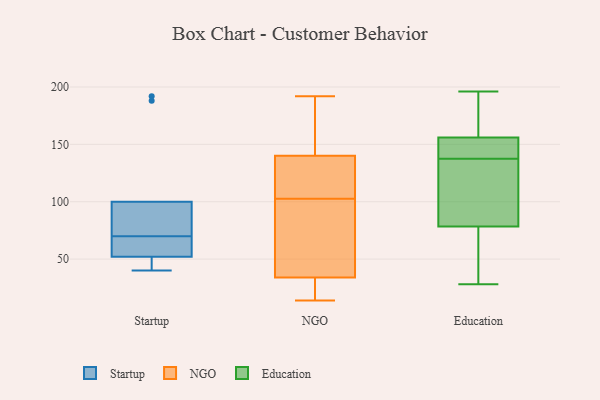
{"axis": {"x": "Backlog", "y": "Value"}, "legend": ["Education", "NGO", "Startup"], "data": [{"x": "", "y": 96, "type": "Startup"}, {"x": "", "y": 188, "type": "Startup"}, {"x": "", "y": 52, "type": "Startup"}, {"x": "", "y": 46, "type": "Startup"}, {"x": "", "y": 192, "type": "Startup"}, {"x": "", "y": 40, "type": "Startup"}, {"x": "", "y": 100, "type": "Startup"}, {"x": "", "y": 77, "type": "Startup"}, {"x": "", "y": 63, "type": "Startup"}, {"x": "", "y": 56, "type": "Startup"}, {"x": "", "y": 14, "type": "NGO"}, {"x": "", "y": 35, "type": "NGO"}, {"x": "", "y": 132, "type": "NGO"}, {"x": "", "y": 33, "type": "NGO"}, {"x": "", "y": 148, "type": "NGO"}, {"x": "", "y": 186, "type": "NGO"}, {"x": "", "y": 43, "type": "NGO"}, {"x": "", "y": 23, "type": "NGO"}, {"x": "", "y": 48, "type": "NGO"}, {"x": "", "y": 161, "type": "NGO"}, {"x": "", "y": 126, "type": "NGO"}, {"x": "", "y": 119, "type": "NGO"}, {"x": "", "y": 40, "type": "NGO"}, {"x": "", "y": 29, "type": "NGO"}, {"x": "", "y": 125, "type": "NGO"}, {"x": "", "y": 126, "type": "NGO"}, {"x": "", "y": 164, "type": "NGO"}, {"x": "", "y": 26, "type": "NGO"}, {"x": "", "y": 192, "type": "NGO"}, {"x": "", "y": 86, "type": "NGO"}, {"x": "", "y": 158, "type": "Education"}, {"x": "", "y": 52, "type": "Education"}, {"x": "", "y": 97, "type": "Education"}, {"x": "", "y": 173, "type": "Education"}, {"x": "", "y": 56, "type": "Education"}, {"x": "", "y": 122, "type": "Education"}, {"x": "", "y": 131, "type": "Education"}, {"x": "", "y": 102, "type": "Education"}, {"x": "", "y": 72, "type": "Education"}, {"x": "", "y": 152, "type": "Education"}, {"x": "", "y": 85, "type": "Education"}, {"x": "", "y": 154, "type": "Education"}, {"x": "", "y": 174, "type": "Education"}, {"x": "", "y": 144, "type": "Education"}, {"x": "", "y": 146, "type": "Education"}, {"x": "", "y": 28, "type": "Education"}, {"x": "", "y": 161, "type": "Education"}, {"x": "", "y": 71, "type": "Education"}, {"x": "", "y": 196, "type": "Education"}, {"x": "", "y": 152, "type": "Education"}]}